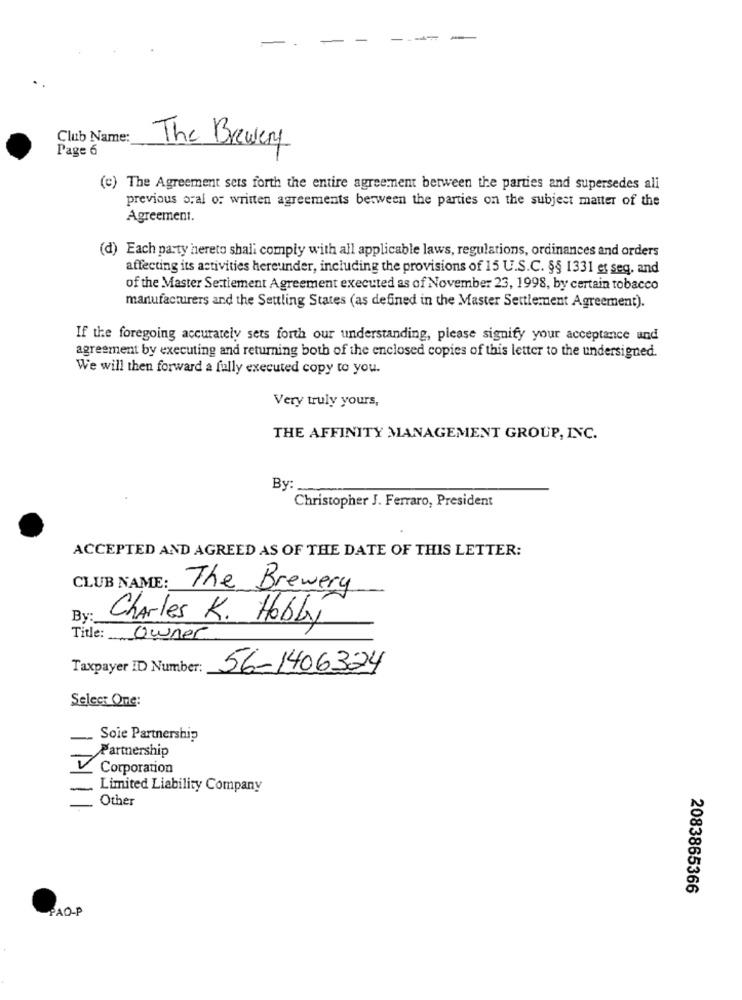
Club Name:
Page 6
The Brewery
(e) The Agreement sets forth the entire agreement between the parties and supersedes all
previous oral or written agreements between the parties on the subject matter of the
Agreement.
(d) Each party hereto shali comply with all applicable laws, regulations, ordinances and orders
affecting its activities hereunder, including the provisions of 15 U.S.C. §§ 1331 et seq, and
of the Master Settlement Agreement executed as of November 23, 1998, by certain tobacco
manufacturers and the Settling States (as defined in the Master Settlement Agreement).
If the foregoing accurately sets forth our understanding, please signify your acceptance and
agreement by executing and returning both of the enclosed copies of this letter to the undersigned.
We will then forward a fully executed copy to you.
Very truly yours,
THE AFFINITY MANAGEMENT GROUP, INC.
By:
Christopher J. Ferraro, President
ACCEPTED AND AGREED AS OF THE DATE OF THIS LETTER:
CLUB NAME:
The Brewery
By:
Charles K. Hobby
Title: Owner
Taxpayer ID Number:
56-1406324
Select One:
Soie Partnership
Partnership
Corporation
Limited Liability Company
Other
2083865366
PAO-P